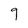
Character: 9